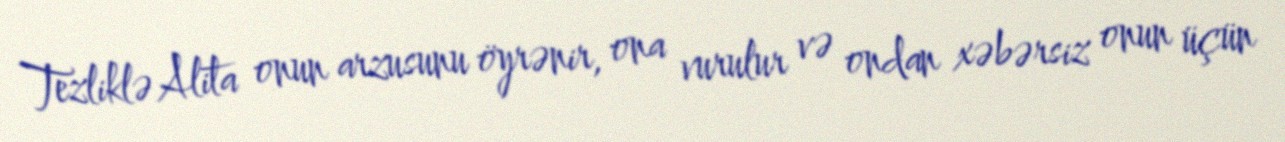
Tezliklə Alita onun arzusunu öyrənir, ona vurulur və ondan xəbərsiz onun üçün